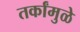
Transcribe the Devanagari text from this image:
तर्कांमुळे